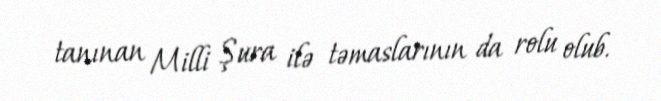
tanınan Milli Şura ilə təmaslarının da rolu olub.